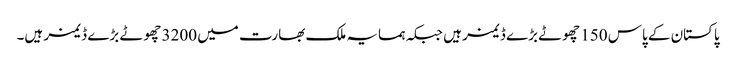
پاکستان کے پاس 150 چھوٹے بڑے ڈیمز ہیں جبکہ ہمسایہ ملک بھارت میں 3200 چھوٹے بڑے ڈیمز ہیں۔